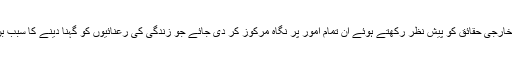
زندگی کے خارجی حقائق کو پیش نظر رکھتے ہوئے ان تمام امور پر نگاہ مرکوز کر دی جائے جو زندگی کی رعنائیوں کو گہنا دینے کا سبب بن جاتے ہیں۔